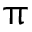
\uppi